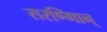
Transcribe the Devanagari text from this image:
सरण्मािन्‌